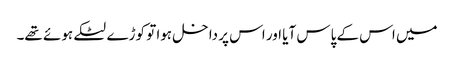
میں اس کے پاس آیا اور اس پر داخل ہوا تو کوڑے لٹکے ہوئے تھے۔